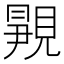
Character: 𬡿